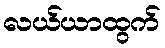
လယ်ယာထွက်